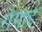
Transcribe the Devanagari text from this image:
रोंगाई